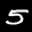
Label: 5